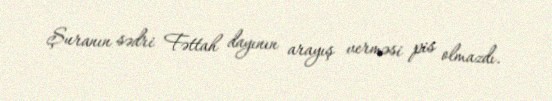
Şuranın sədri Fəttah dayının arayış verməsi pis olmazdı.